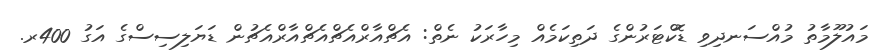
މައުލޫމާތު މުއްސަނދިވި ޑޮކްޓަރުންގެ ދަތިކަމެއް މިހާރަކު ނެތް: އެޗްއާރްއެޗްއެޗްއާރްއެޗުން ޑަޔަލިސިސްގެ އަގު 400ރ.